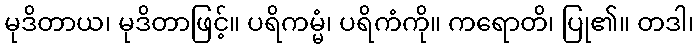
မုဒိတာယ၊ မုဒိတာဖြင့်။ ပရိကမ္မံ၊ ပရိကံကို။ ကရောတိ၊ ပြု၏။ တဒါ၊